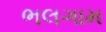
ભલગામ